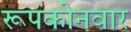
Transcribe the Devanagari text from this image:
रूपकोनवार